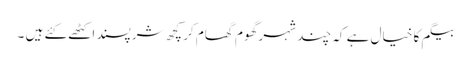
بیگم کا خیال ہے کہ چند شہر گھوم گھام کر کچھ شرپسند اکٹھے کئے ہیں ۔